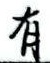
有